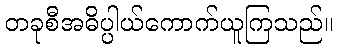
တခုစီအဓိပ္ပါယ်ကောက်ယူကြသည်။